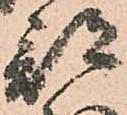
部